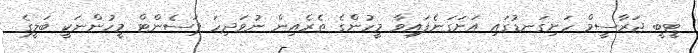
ޓީބީ ޖަރާސީމް ހަށިގަނޑުގައި އަށަގަނެފައިވާ މީހުންގެ ތެރެއިން ނުވަދިހަ ޕަސެންޓް މީހުންނަކީ ބަލީގެ